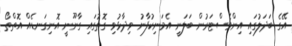
އޭގެ ބަދަލުގައި އިންވެސްޓަރުން ބަލަނީ އެމަނިކުުފާނު ވިދާޅުވި ގޮތުގައި ގާނޫނީ އޮނިގަނޑެއް އޮތްތޯ